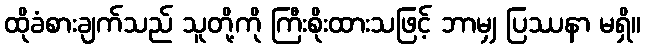
ထိုခံစားချက်သည် သူတို့ကို ကြီးစိုးထားသဖြင့် ဘာမျှ ပြဿနာ မရှိ။